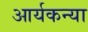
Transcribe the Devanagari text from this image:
आर्यकन्या